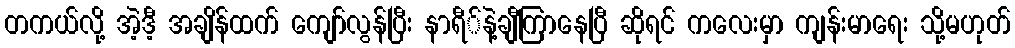
တကယ်လို့ အဲ့ဒီ့ အချိန်ထက် ကျော်လွန်ပြီး နာရီ်နဲ့ချီကြာနေပြီ ဆိုရင် ကလေးမှာ ကျန်းမာရေး သို့မဟုတ်